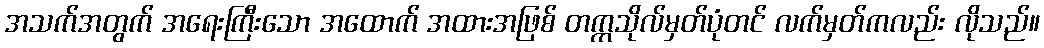
အသက်အတွက် အရေးကြီးသော အထောက် အထားအဖြစ် တက္ကသိုလ်မှတ်ပုံတင် လက်မှတ်ကလည်း လိုသည်။